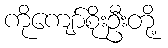
ကိုကျော်စိုးဦးတို့